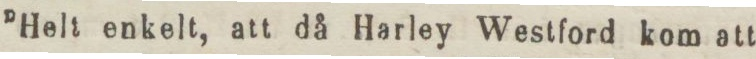
”Helt enkelt, att då Harley Westford kom att